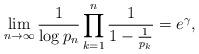
LaTeX: \begin{align*} \lim_{n\to\infty}\frac{1}{\log p_n}\prod_{k=1}^n\frac{1}{1-\frac{1}{p_k}}=e^\gamma,\end{align*}